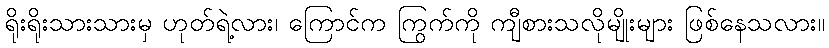
ရိုးရိုးသားသားမှ ဟုတ်ရဲ့လား၊ ကြောင်က ကြွက်ကို ကျီစားသလိုမျိုးများ ဖြစ်နေသလား။